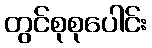
တွင်စုစုပေါင်း